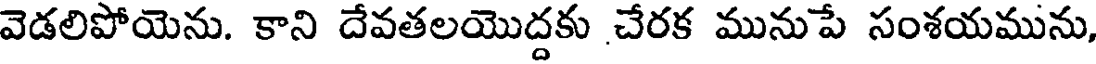
వెడలిపోయెను. కాని దేవతలయొద్దకు చేరక మునుపే సంశయమును,